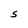
Character: S